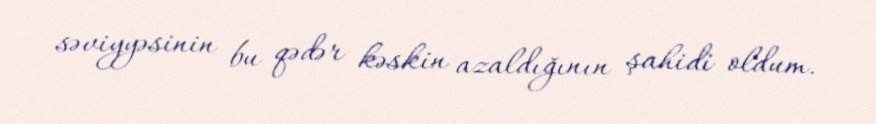
səviyyəsinin bu qədər kəskin azaldığının şahidi oldum.